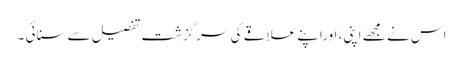
اس نے مجھے اپنی، اوراپنے علاقے کی سرگزشت تفصیل سے سنائی ۔